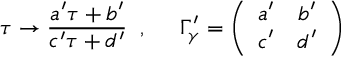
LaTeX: \tau \rightarrow \frac { a ^ { \prime } \tau + b ^ { \prime } } { c ^ { \prime } \tau + d ^ { \prime } } \; \; , \; \; \; \; \; \Gamma _ { \gamma } ^ { \prime } = \left( \begin{array} { c c } { { a ^ { \prime } } } & { { b ^ { \prime } } } \\ { { c ^ { \prime } } } & { { d ^ { \prime } } } \end{array} \right)